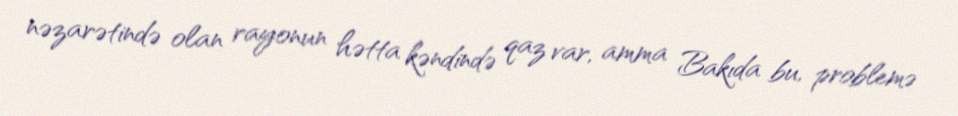
nəzarətində olan rayonun hətta kəndində qaz var, amma Bakıda bu, problemə